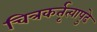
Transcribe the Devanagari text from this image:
चित्रकर्तृत्वापुढे